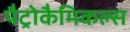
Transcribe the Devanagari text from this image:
पैट्रोकैमिकल्स